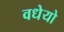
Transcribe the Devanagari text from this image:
वधेयो